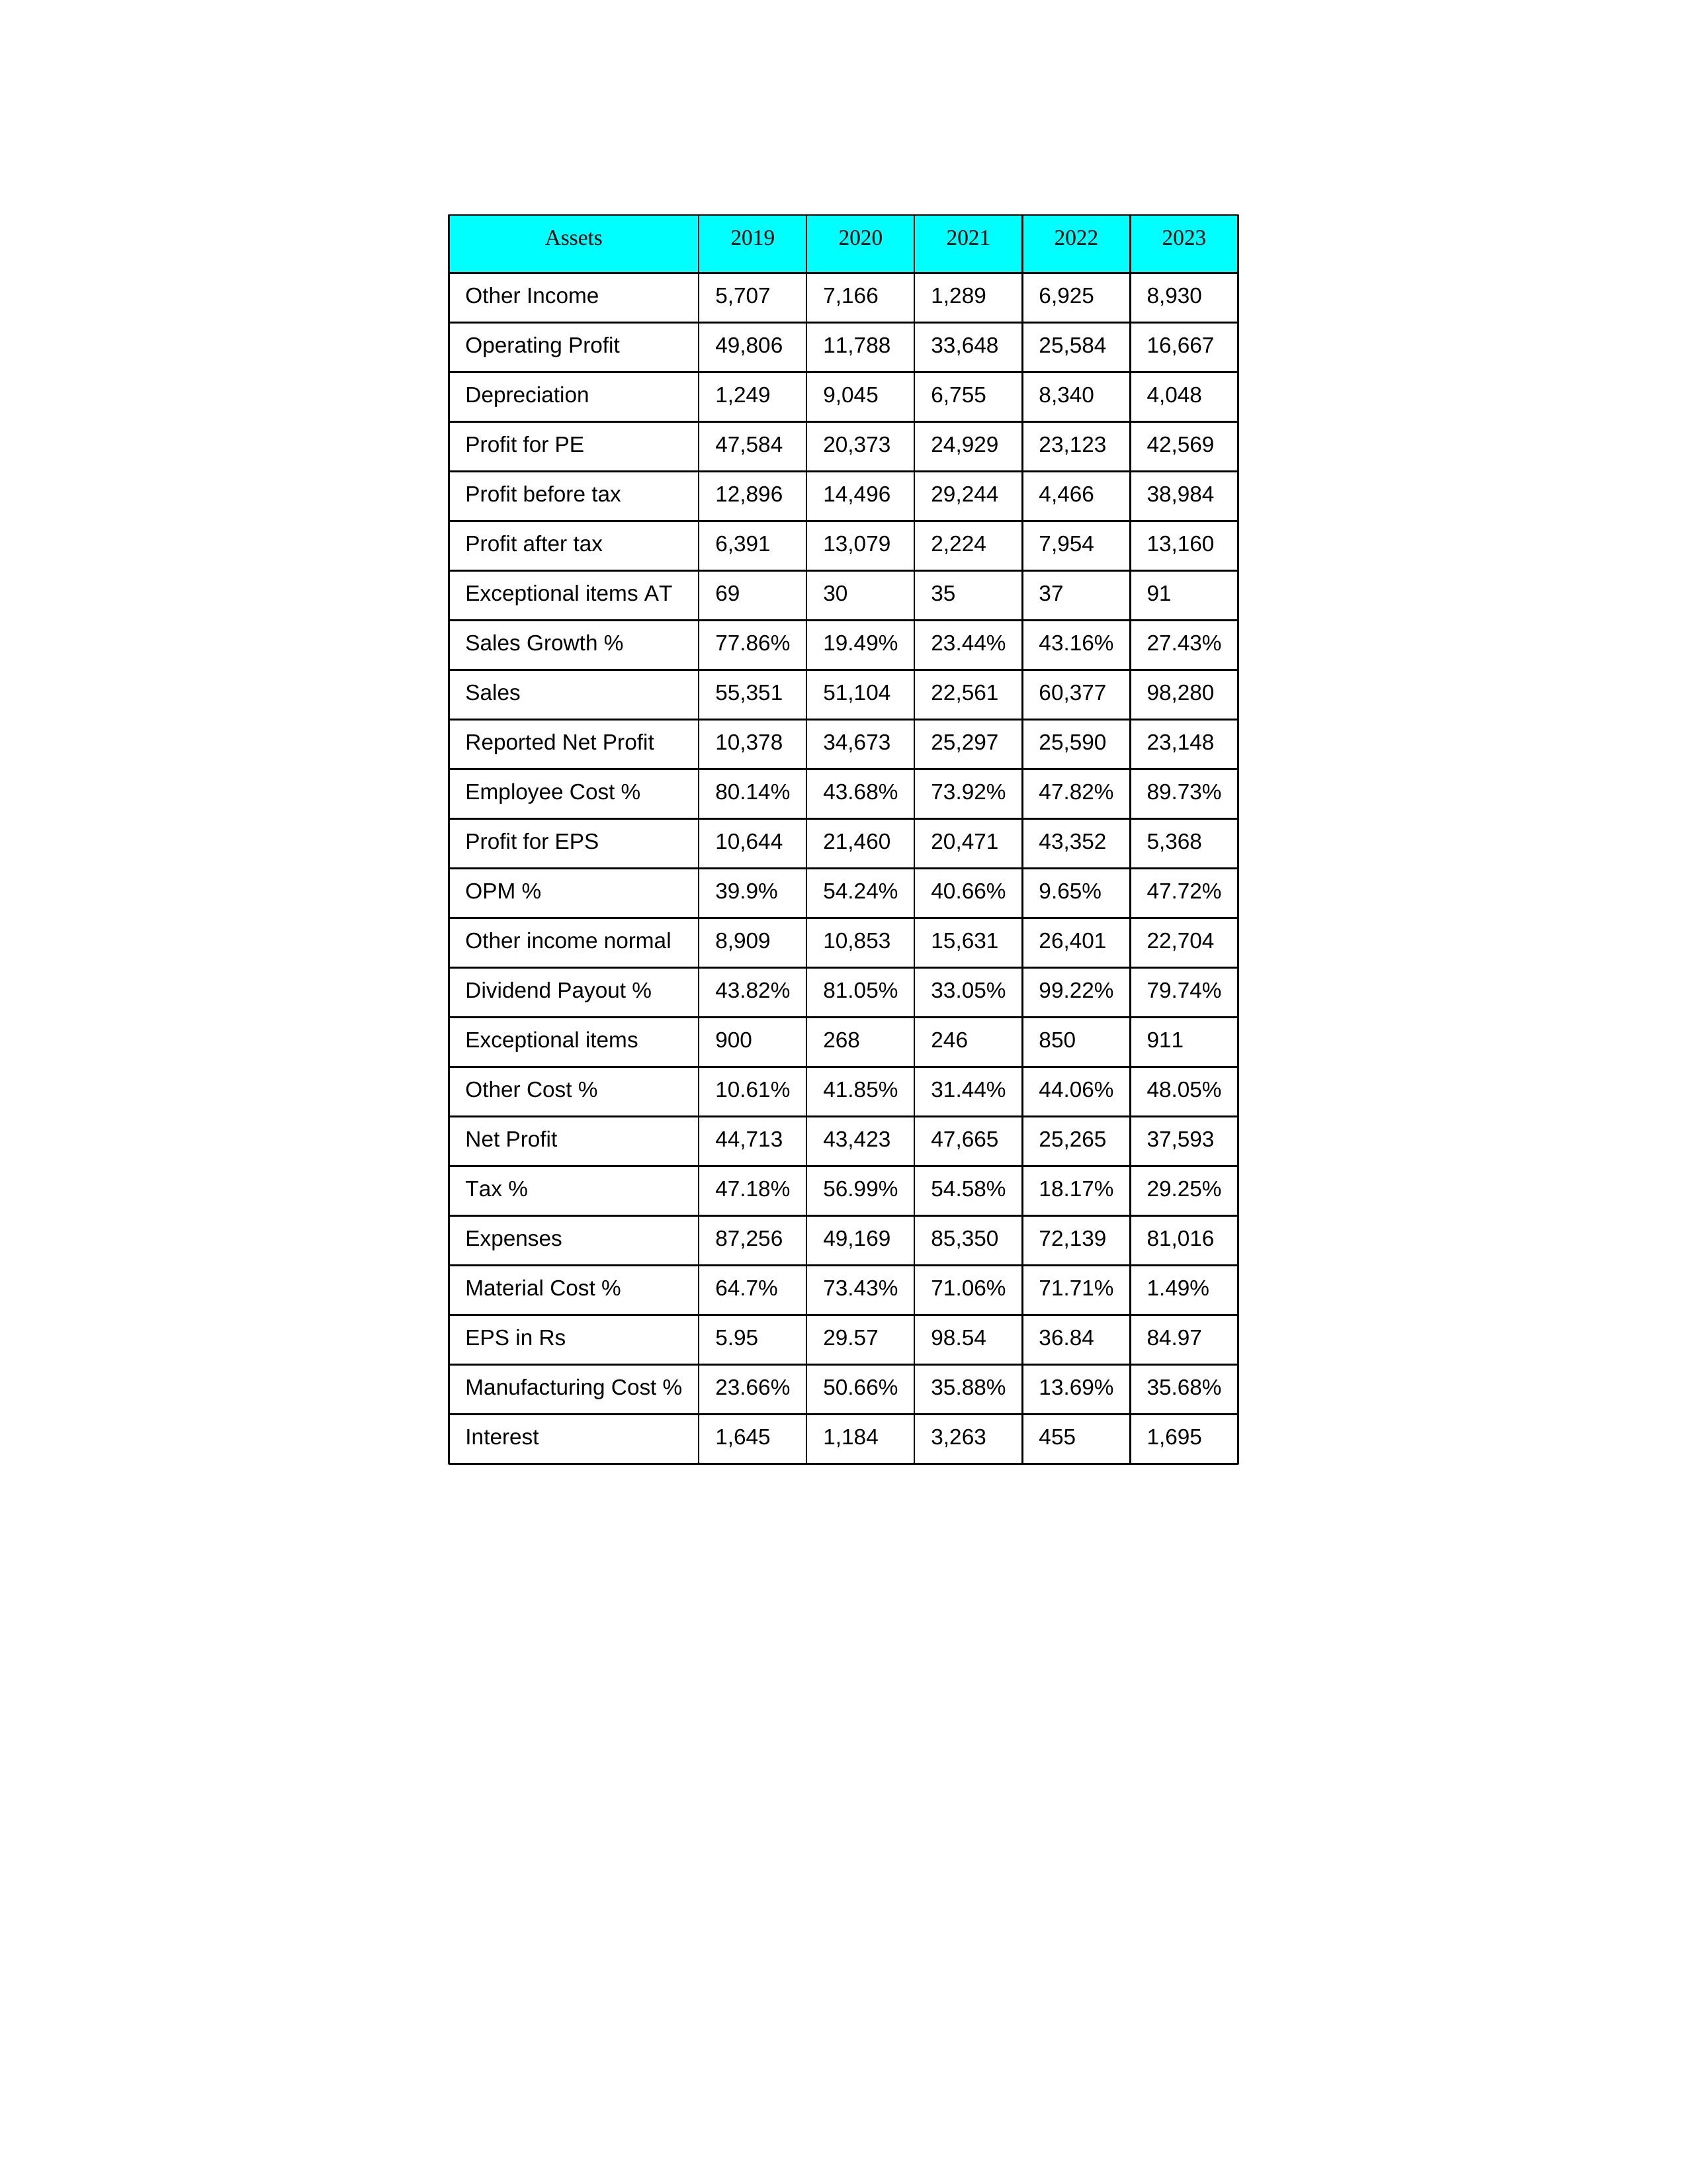
gt_parse: 2019: Sales: 55,351
Sales Growth %: 77.86%
Expenses: 87,256
Material Cost %: 64.7%
Manufacturing Cost %: 23.66%
Employee Cost %: 80.14%
Other Cost %: 10.61%
Operating Profit: 49,806
OPM %: 39.9%
Other Income: 5,707
Exceptional items: 900
Other income normal: 8,909
Interest: 1,645
Depreciation: 1,249
Profit before tax: 12,896
Tax %: 47.18%
Net Profit: 44,713
Profit after tax: 6,391
Reported Net Profit: 10,378
Profit for EPS: 10,644
Exceptional items AT: 69
Profit for PE: 47,584
EPS in Rs: 5.95
Dividend Payout %: 43.82%
2020: Sales: 51,104
Sales Growth %: 19.49%
Expenses: 49,169
Material Cost %: 73.43%
Manufacturing Cost %: 50.66%
Employee Cost %: 43.68%
Other Cost %: 41.85%
Operating Profit: 11,788
OPM %: 54.24%
Other Income: 7,166
Exceptional items: 268
Other income normal: 10,853
Interest: 1,184
Depreciation: 9,045
Profit before tax: 14,496
Tax %: 56.99%
Net Profit: 43,423
Profit after tax: 13,079
Reported Net Profit: 34,673
Profit for EPS: 21,460
Exceptional items AT: 30
Profit for PE: 20,373
EPS in Rs: 29.57
Dividend Payout %: 81.05%
2021: Sales: 22,561
Sales Growth %: 23.44%
Expenses: 85,350
Material Cost %: 71.06%
Manufacturing Cost %: 35.88%
Employee Cost %: 73.92%
Other Cost %: 31.44%
Operating Profit: 33,648
OPM %: 40.66%
Other Income: 1,289
Exceptional items: 246
Other income normal: 15,631
Interest: 3,263
Depreciation: 6,755
Profit before tax: 29,244
Tax %: 54.58%
Net Profit: 47,665
Profit after tax: 2,224
Reported Net Profit: 25,297
Profit for EPS: 20,471
Exceptional items AT: 35
Profit for PE: 24,929
EPS in Rs: 98.54
Dividend Payout %: 33.05%
2022: Sales: 60,377
Sales Growth %: 43.16%
Expenses: 72,139
Material Cost %: 71.71%
Manufacturing Cost %: 13.69%
Employee Cost %: 47.82%
Other Cost %: 44.06%
Operating Profit: 25,584
OPM %: 9.65%
Other Income: 6,925
Exceptional items: 850
Other income normal: 26,401
Interest: 455
Depreciation: 8,340
Profit before tax: 4,466
Tax %: 18.17%
Net Profit: 25,265
Profit after tax: 7,954
Reported Net Profit: 25,590
Profit for EPS: 43,352
Exceptional items AT: 37
Profit for PE: 23,123
EPS in Rs: 36.84
Dividend Payout %: 99.22%
2023: Sales: 98,280
Sales Growth %: 27.43%
Expenses: 81,016
Material Cost %: 1.49%
Manufacturing Cost %: 35.68%
Employee Cost %: 89.73%
Other Cost %: 48.05%
Operating Profit: 16,667
OPM %: 47.72%
Other Income: 8,930
Exceptional items: 911
Other income normal: 22,704
Interest: 1,695
Depreciation: 4,048
Profit before tax: 38,984
Tax %: 29.25%
Net Profit: 37,593
Profit after tax: 13,160
Reported Net Profit: 23,148
Profit for EPS: 5,368
Exceptional items AT: 91
Profit for PE: 42,569
EPS in Rs: 84.97
Dividend Payout %: 79.74%